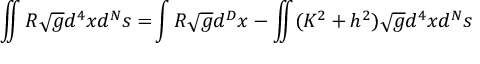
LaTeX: \int \! \! \! \! \int R \sqrt { g } d ^ { 4 } x d ^ { N } s = \! \int { \cal R } \sqrt { g } d ^ { D } x - \int \! \! \! \! \int ( K ^ { 2 } + h ^ { 2 } ) \sqrt { g } d ^ { 4 } x d ^ { N } s